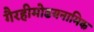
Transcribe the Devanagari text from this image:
गैरहीमोडयनामिक